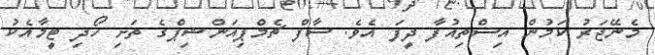
މެނޭޖަރު ކަމުން އިސްތިއުފާ ދީފަ އެވެ. ސާފް ޗެމްޕިއަންޝިޕްގެ ތަށި ހޯދި ޓީމާއެކު